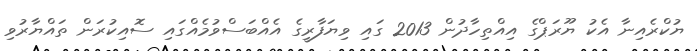
ޔުކްރެއިނާ އެކު ޔޫރަޕްގެ އިއްތިހާދުން 2013 ގައި ވިޔަފާރީގެ އެއްބަސްވުމެއްގައި ސޮއިކުރަން ތައްޔާރުވި